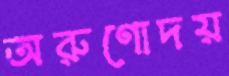
অরুণোদয়